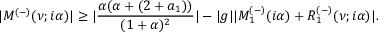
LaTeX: | M ^ { ( - ) } ( \nu ; i \alpha ) | \geq | \frac { \alpha ( \alpha + ( 2 + a _ { 1 } ) ) } { ( 1 + \alpha ) ^ { 2 } } | - | g | | M _ { 1 } ^ { ( - ) } ( i \alpha ) + R _ { 1 } ^ { ( - ) } ( \nu ; i \alpha ) | .